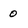
Character: 0